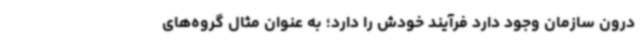
درون سازمان وجود دارد فرآیند خودش را دارد؛ به عنوان مثال گروه‌های